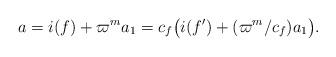
LaTeX: \begin{align*} a=i(f)+\varpi^ma_1=c_f\bigl(i(f')+(\varpi^m/c_f)a_1\bigr). \end{align*}